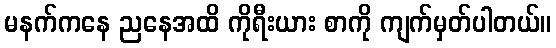
မနက်ကနေ ညနေအထိ ကိုရီးယား စာကို ကျက်မှတ်ပါတယ်။